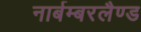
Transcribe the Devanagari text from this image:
नार्बम्बरलैण्ड